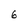
Character: 6